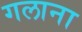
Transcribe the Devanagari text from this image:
गलाना